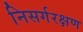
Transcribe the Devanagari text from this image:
निसर्गरक्षण